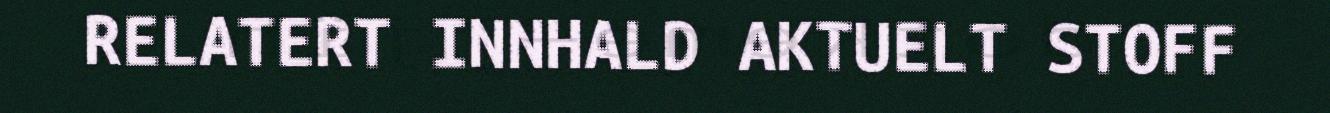
RELATERT INNHALD AKTUELT STOFF